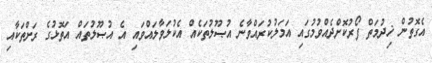
އެގޮތުން ޚިދުމަތް ފޯރުކޮށްދެއްވުމުގައި އަމަލުކުރައްވާނެ އުޞޫލުތަކެއް އެކުލަވާލައްވައި އެ އުޞޫލުތައް އަތޮޅުގެ ރަށްތަކާއި